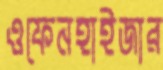
ওফেনহাইজার